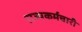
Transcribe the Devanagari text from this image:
राज्यकर्मचारी